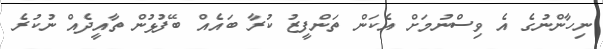
ނިހާންނުގެ އެ ވިސްނުމަށް އެކަން ތަންފީޒު ކުރާ ބައެއް ބޭފުޅުން ތާއީދެއް ނުކުރެ